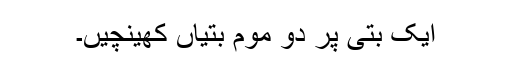
ایک بتی پر دو موم بتیاں کھینچیں۔